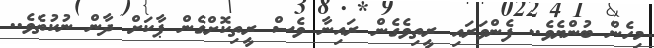
މިހެން ބުންޔެވެ.. ފެންވަރައި ރީތިވެގެން ރައިނާ ވެސް ރީތިކޮށްްގެން ޕާކަށް ދާން ނުކުތެވެ..